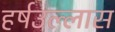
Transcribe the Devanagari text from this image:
हर्षउल्लास